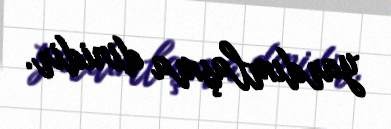
yardımlaşma dinidir.